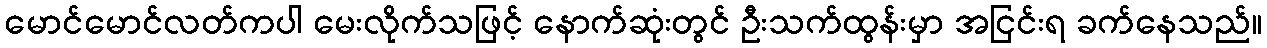
မောင်မောင်လတ်ကပါ မေးလိုက်သဖြင့် နောက်ဆုံးတွင် ဦးသက်ထွန်းမှာ အငြင်းရ ခက်နေသည်။